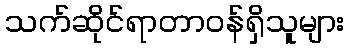
သက်ဆိုင်ရာတာဝန်ရှိသူများ